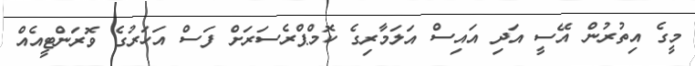
މީގެ އިތުރުން އޭސީ އަދި އައިސް އަލަމާރިގެ ކޮމްޕްރެސަރަށް ފަސް އަހަރުގެ ވޮރަންޓީއެއް